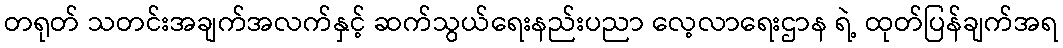
တရုတ် သတင်းအချက်အလက်နှင့် ဆက်သွယ်ရေးနည်းပညာ လေ့လာရေးဌာန ရဲ့ ထုတ်ပြန်ချက်အရ